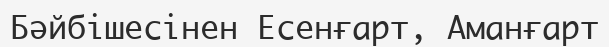
Бәйбішесінен Есенғарт, Аманғарт